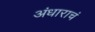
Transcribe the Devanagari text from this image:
अंधाराचं